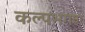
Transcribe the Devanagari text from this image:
कल्पभगण